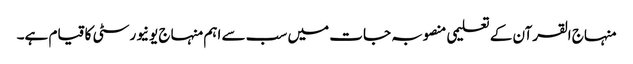
منہاج القرآن کے تعلیمی منصوبہ جات میں سب سے اہم منہاج یونیورسٹی کا قیام ہے۔